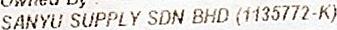
SANYU SUPPLY SDN BHD (1135772-K)